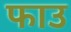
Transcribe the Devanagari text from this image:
फाउ